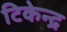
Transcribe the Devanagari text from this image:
टिकेन्द्र